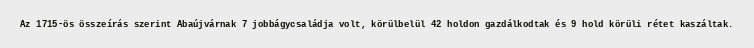
Az 1715-ös összeírás szerint Abaújvárnak 7 jobbágycsaládja volt, körülbelül 42 holdon gazdálkodtak és 9 hold körüli rétet kaszáltak.